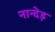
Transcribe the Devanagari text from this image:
नान्देड़